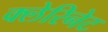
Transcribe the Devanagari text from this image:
क्लेरिनेट